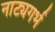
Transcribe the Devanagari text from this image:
नाट्यगर्भ